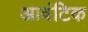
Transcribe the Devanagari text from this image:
आवंटिक